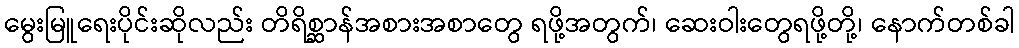
မွေးမြူရေးပိုင်းဆိုလည်း တိရိစ္ဆာန်အစားအစာတွေ ရဖို့အတွက်၊ ဆေးဝါးတွေရဖို့တို့၊ နောက်တစ်ခါ